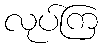
လုပ်ကြ